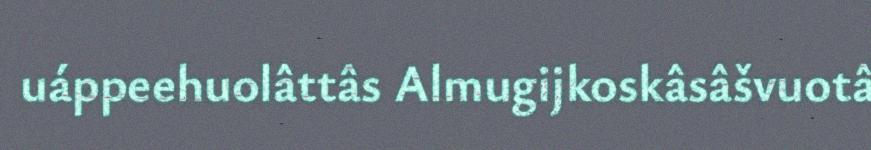
uáppeehuolâttâs Almugijkoskâsâšvuotâ